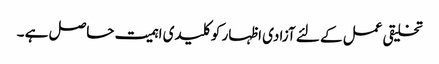
تخلیقی عمل کے لئے آزادی اظہار کو کلیدی اہمیت حاصل ہے ۔